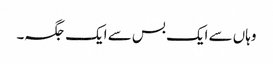
وہاں سے ایک بس سے ایک جگہ۔